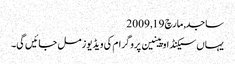
ساجد, ‏مارچ 19, 2009
یہاں سیکنڈ اوپینین پروگرام کی ویڈیوز مل جائیں گی۔